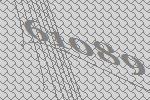
61089